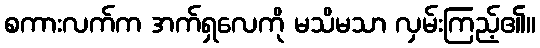
စကားလက်က အက်ရှလေကို မသိမသာ လှမ်းကြည့်၏။